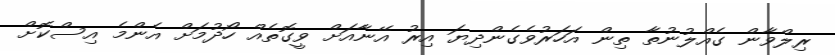
ރިލްވާން ގެއްލުނުތާ ތިން އަހަރުވެގެންދިޔަ އިރު އޭނާއަށް ވީގޮތެއް ހޯދުމަށް އެންމެ އިސްކޮށް